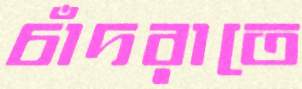
চাঁদরাতে